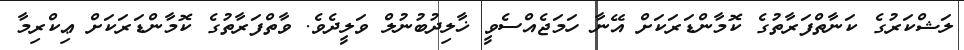
ލަޝްކަރުގެ ކަނާތްފަރާތުގެ ކޮމާންޑަރަކަށް އޭނާ ހަމަޖެއްސެވީ ޚާލިދުބުނުލް ވަލީދެވެ. ވާތްފަރާތުގެ ކޮމާންޑަރަކަށް ޢިކްރިމާ